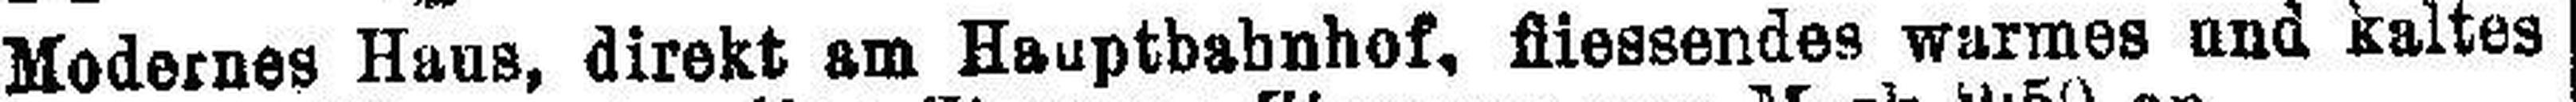
Modernes Haus, direkt am Hauptbahnhof, fliessendes warmes und Kaltes